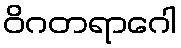
ဝိဂတရာဂေါ